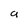
Character: g